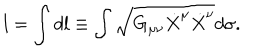
l = \int d l \equiv \int \sqrt { G _ { \mu \nu } \dot { X } ^ { \mu } \dot { X } ^ { \nu } } d \sigma .